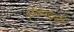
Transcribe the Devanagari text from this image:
ऐकणारी